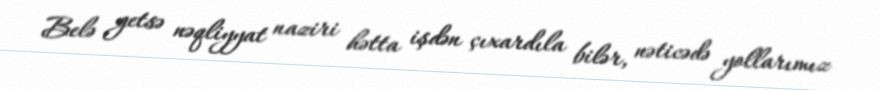
Belə getsə nəqliyyat naziri hətta işdən çıxardıla bilər, nəticədə yollarımız